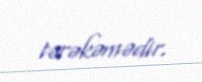
tərəkəmədir.